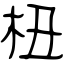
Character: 杻